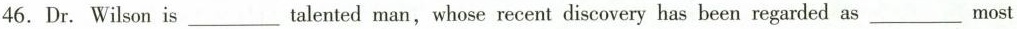
46. Dr. Wilson is ___ talented man, whose recent discovery has been regarded as ___ most